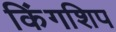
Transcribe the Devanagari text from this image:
किंगशिप